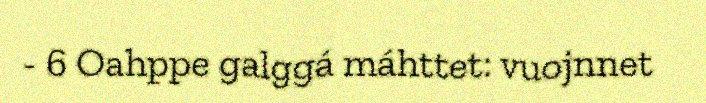
- 6 Oahppe galggá máhttet: vuojnnet